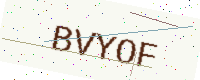
Text: BVYOF